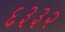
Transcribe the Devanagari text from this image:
६३३२